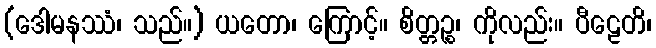
(ဒေါမနဿံ၊ သည်။) ယတော၊ ကြောင့်။ စိတ္တဉ္စ၊ ကိုလည်း။ ပီဠေတိ၊